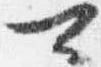
可